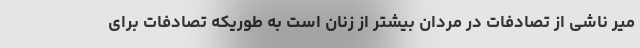
میر ناشی از تصادفات در مردان بیشتر از زنان است به طوریکه تصادفات برای